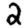
Digit: 2